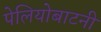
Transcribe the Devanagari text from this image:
पेलियोबाटनी